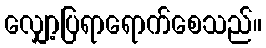
လျှော့ပြရာရောက်စေသည်။